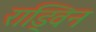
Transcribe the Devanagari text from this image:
राड्विन